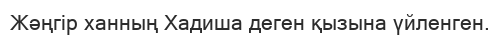
Жәңгір ханның Хадиша деген қызына үйленген.